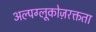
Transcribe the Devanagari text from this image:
अल्पग्लूकोज़रक्तता